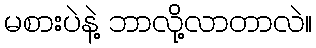
မစားပဲနဲ့ ဘာလို့လာတာလဲ။